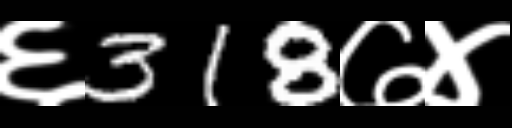
Text: ६318७४